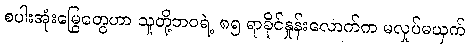
စပါးအုံးမြွေတွေဟာ သူတို့ဘဝရဲ့ ၈၅ ရာခိုင်နှုန်းလောက်က မလှုပ်မယှက်